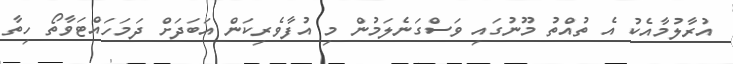
އުރާލުމާއެކު އެ ތުއްތު މޫނުގައި ވަސްގަނެލަމުން މި އުފާވެރިކަން އަބަދަށް ދަމަހައްޓަވާތޯ ހިތާ